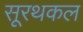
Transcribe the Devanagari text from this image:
सूरथकल